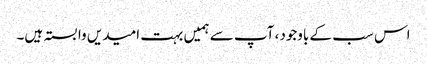
اس سب کے باوجود، آپ سے ہمیں بہت امیدیں وابستہ ہیں۔